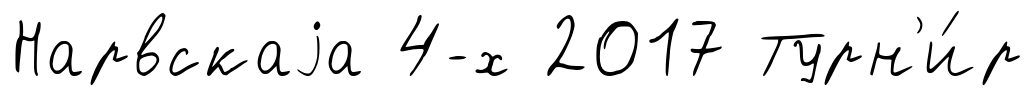
Нарвскаjа 4-х 2017 Турн'и́р